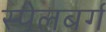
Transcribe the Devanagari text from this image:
स्पेलबर्ग